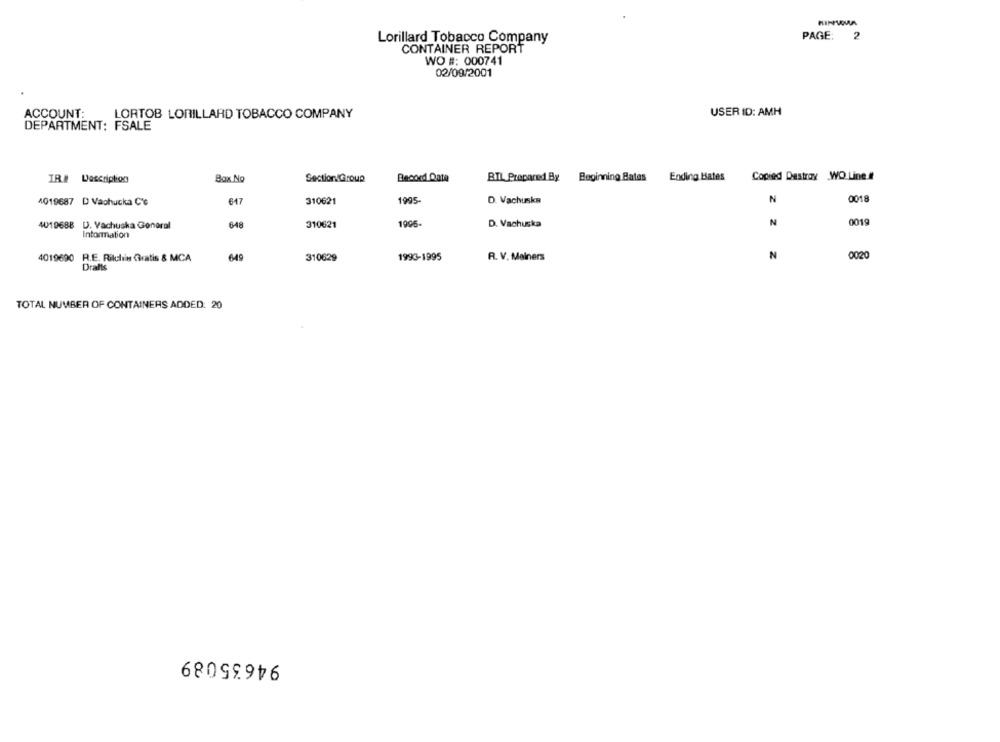
PAGE:
2
Lorillard Tobacco Company
CONTAINER REPORT
WO #: 000741
02/09/2001
ACCOUNT:
LORTOB LORILLARD TOBACCO COMPANY
USER ID: AMH
DEPARTMENT: FSALE
IR# Description
Box No
SectionGroup
Becoed Date
BIL Prepared By
Beginning Bates
Ending Bates
Copied Destroy ,WO Line.#
4019687 D Vaphucka C'e
617
310621
1995-
D. Vachusks
N
0018
1996
N
0019
4019688 D. Vachuska General
648
310621
D. Vachuska
Information
4019690
R.E. Rilliin Gratis & MCA
649
310629
1993-1995
R. V. Mainers
N
0020
Drafts
TOTAL NUMBER OF CONTAINERS ADDED: 20
94635089